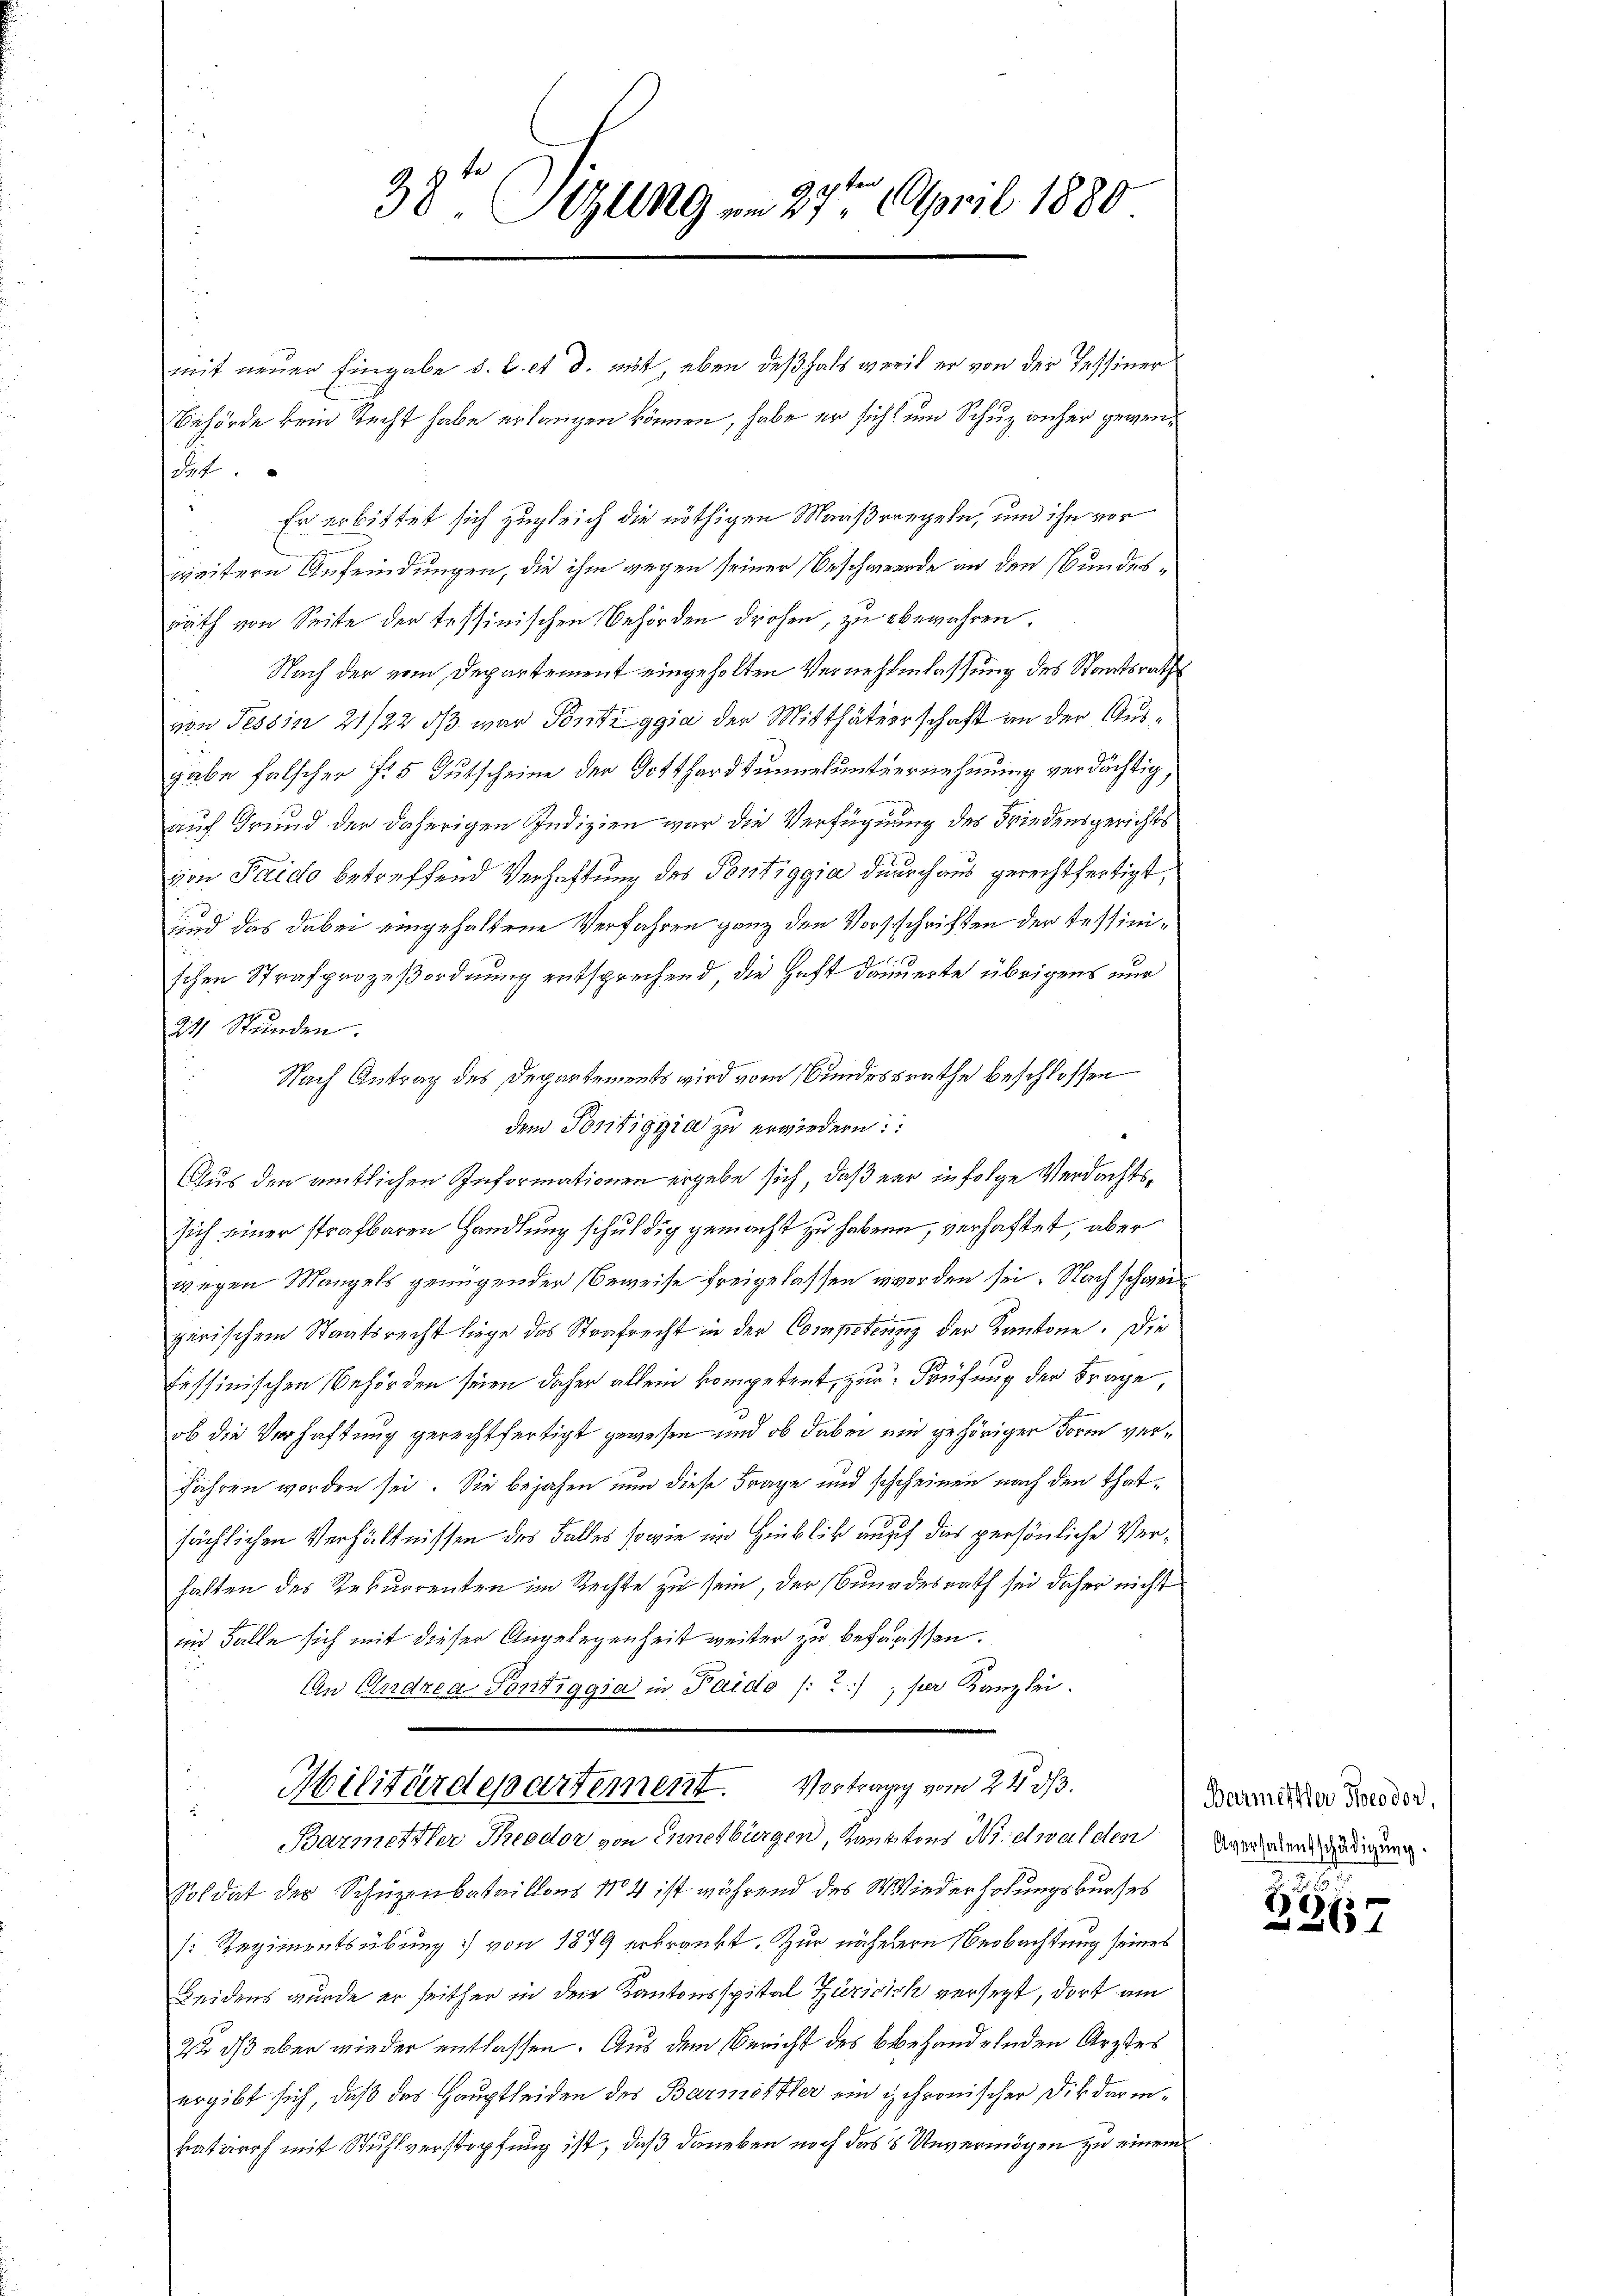
38 Glg vom 27te͇n April 1880

mit neuer Eingabe d. l. et d. mit eben deßhalb weit er von der Tessiner
Behörde kein Recht habe erlangen können, habe er sicht um Schuz anher gewendat
 Er erbittet sich zugleich die nöthigen Maaßregeln, und ihn vor
weitern Anfeindungen, die ihm gegen seiner Beschwerde an den Bundesrath von Seite der tessinischen Behörden drohen, zu bewahren
Nach der vom Departement eingeholten Vernehmlassung des Staatsrath
vn Tessin 21/22 dß war Pontiggia der Mitthäterschaft an der Ausgabe falscher f. 5 Gutscheine der Gotthard Summelunternehmung verdächtig,
auf Grund der daherigen Indizien war die Verfügung des Friedensgerichtsjon Palido betreffend Verhaftung des Pontiggia durchaus gerechtfertigt,
und das dabei eingehaltene Verfahren ganz den Vorschriften der Tessinischen Strafprozeßordnung entsprechend, die Haft dauerte übrigens nur
24 Stunden.
Nach Antrag des Departements wird vom Bundesrathe beschlossen
dem Pontiggia zu erwiedern:
Aus den amtlichen Informationen ergebe sich, daß er in folge Verdachtssich einer strafbaren Handlung schuldig gemacht zu haben, verhaftet, aber
wegen Mangels genügender Beweise freigelassen worden sei. Nach schwei
pirischem Staatsrecht liege das Strafrecht in der Competzung der Kantone. Die
lessinischen Behörden seien daher allein kompetent, zur Prüfung der Frage
ob die Verhaftung gerechtfertigt gewesen und ob dabei und gehöriger Form verführen worden sei. Sie bejahen nun diese Frage und schcheinen nach den Thatsächlichen Verhältnissen des Falles sowie im Hinblick auf das persönliche Verhalten des Rekurrenten im Rechte zu sein, der Bundesrath sei daher nicht
in Falle sich mit dieser Angelegenheit weiter zu befassen.
An Endrea Pontiggia in Paido (?), per Kanzlei.
Militärdepartement. Vortrag vom 24. 313.
Barmettler Theodor von Ennetbürgen, Hauptons Nidwalden
Soldat der Schüzenbataillons No 4 ist während des Wiederholungskurses
[Regimentsübung von 1879 erkränkt. Zur näherere Beobachtung seines
Leidens wurde er seither in der Kantonsspital Züricich versezt, dort am
2% dß aber wieder entlassen. Aus dem Bericht des behandelnden Ärztes
ergibt sich, daß das Hauptleiden des Barmittler ein schronischer Dir darinkatarrh mit Stuhlverstopfung ist, daß daneben noch das 8 Unvermögen zu einem

Barmesser Theodor,
Aversalentschädigung.

e
267